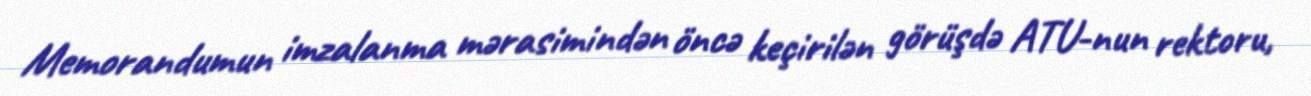
Memorandumun imzalanma mərasimindən öncə keçirilən görüşdə ATU-nun rektoru,